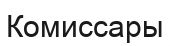
Комиссары